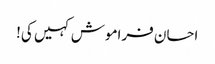
احسان فراموش کہیں کی!